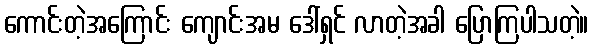
ကောင်းတဲ့အကြောင်း ကျောင်းအမ ဒေါ်ရှင် လာတဲ့အခါ ပြောကြပါသတဲ့။